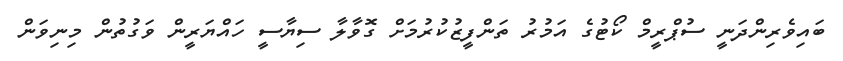
ބައިވެރިންދަނީ ސުޕްރީމް ކޯޓުގެ އަމުރު ތަންފީޒުކުރުމަށް ގޮވާލާ ސިޔާސީ ހައްޔަރީން ވަގުތުން މިނިވަން